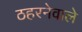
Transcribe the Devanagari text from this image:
ठहरनेवाले